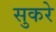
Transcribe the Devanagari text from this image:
सुकरे